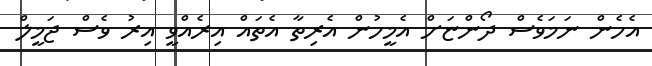
އެހެން ނަމަވެސް ދޯންޏަށް އެމީހުން އެރިތާ އެތައް އިރެއްވީ އިރު ވެސް ޖަމީލް